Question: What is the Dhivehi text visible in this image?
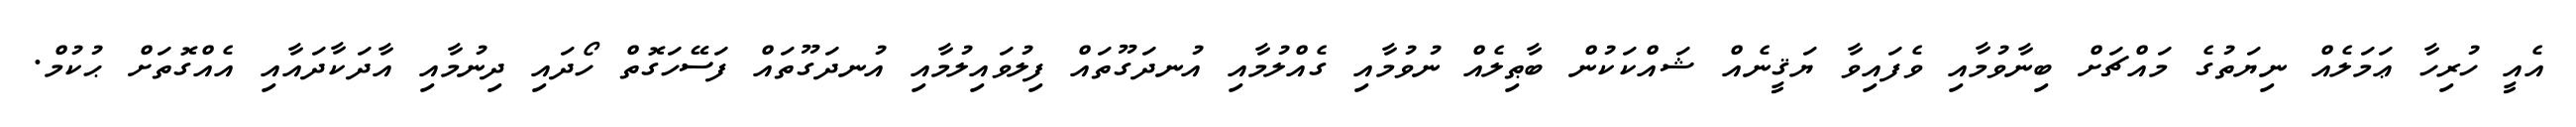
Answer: އެއީ ހުރިހާ ޢަމަލެއް ނިޔަތުގެ މައްޗަށް ބިނާވުމާއި ވެފައިވާ ޔަޤީނެއް ޝައްކަކުން ބާޠިލެއް ނުވުމާއި ގެއްލުމާއި އުނދަގޫތައް ފިލުވައިލުމާއި އުނދަގޫތައް ފަސޭހަގޮތް ހޯދައި ދިނުމާއި އާދަކާދައާއި އެއްގޮތަށް ޙުކުމް.